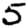
Digit: 5